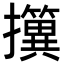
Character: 𢹢